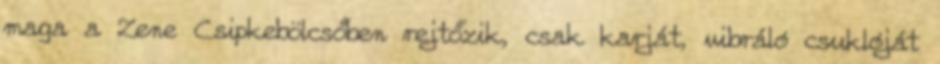
maga a Zene Csipkebölcsőben rejtőzik, csak karját, vibráló csuklóját